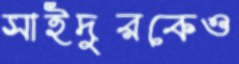
সাইদুরকেও